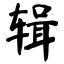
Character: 辑